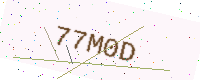
Text: 77M0D